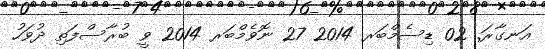
އަނގާރަ